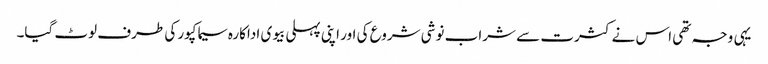
یہی وجہ تھی اس نے کثرت سے شراب نوشی شروع کی اور اپنی پہلی بیوی اداکارہ سیما کپور کی طرف لوٹ گیا۔